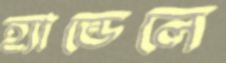
হ্যান্ডেলে